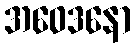
အဝေဒနော